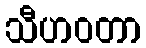
သီဟဝတာ